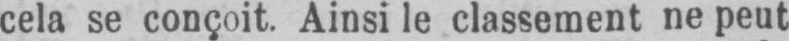
cela se conçoit. Ainsi le classement ne peut